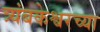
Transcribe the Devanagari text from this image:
त्र्यंबकेश्वरच्या